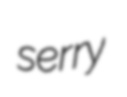
serry